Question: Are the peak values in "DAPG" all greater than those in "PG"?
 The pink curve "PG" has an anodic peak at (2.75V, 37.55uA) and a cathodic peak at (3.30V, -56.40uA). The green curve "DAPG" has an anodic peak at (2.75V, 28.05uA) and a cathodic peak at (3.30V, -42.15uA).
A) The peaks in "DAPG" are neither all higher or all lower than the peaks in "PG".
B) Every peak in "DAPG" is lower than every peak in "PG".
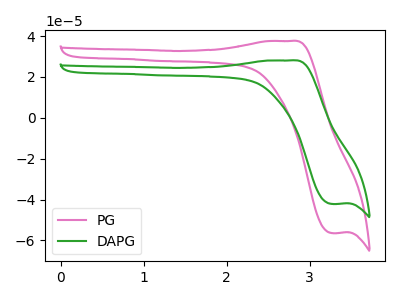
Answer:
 <answer>B) Every peak in "DAPG" is lower than every peak in "PG".</answer>
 <eval>B</eval>